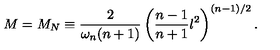
M = M _ { N } \equiv \frac { 2 } { \omega _ { n } ( n + 1 ) } \left( \frac { n - 1 } { n + 1 } l ^ { 2 } \right) ^ { ( n - 1 ) / 2 } .